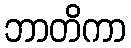
ဘာတိကာ